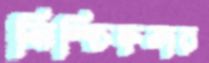
নিশ্চিহ্নতার